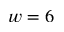
w = 6